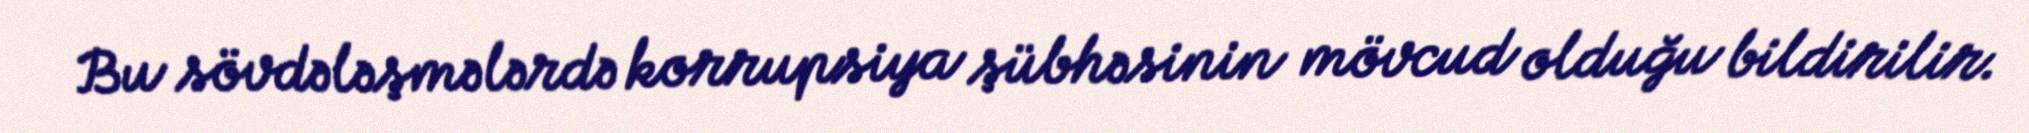
Bu sövdələşmələrdə korrupsiya şübhəsinin mövcud olduğu bildirilir.